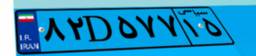
۸۲D۵۷۷۱۵